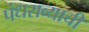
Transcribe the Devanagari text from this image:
पंधराव्याची